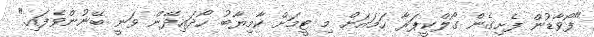
"ފޯވާޑުން ފެށިގެން ގޯލްކީޕަރާ ހަމައަށް މި ޓީމަށް ކާމިޔާބު ހޯދައިދޭން ވަނީ ބޭނުންވެފައި."